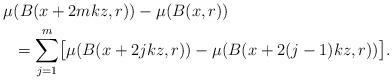
LaTeX: \begin{align*}\mu&(B(x+2mkz,r))-\mu(B(x,r)) \\&= \sum_{j=1}^m\bigl[ \mu(B(x+ 2jkz,r)) - \mu(B(x+2(j-1)kz,r))\bigl].\end{align*}